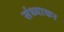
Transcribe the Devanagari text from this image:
संध्याकर